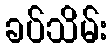
ခပ်သိမ်း